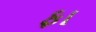
ફા